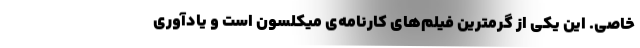
خاصی. این یکی از گرمترین فیلم‌های کارنامه‌ی میکلسون است و یادآوری